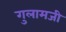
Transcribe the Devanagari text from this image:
गुलामजी